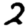
Digit: 2